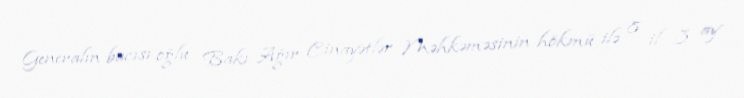
Generalın bacısı oğlu Bakı Ağır Cinayətlər Məhkəməsinin hökmü ilə 8 il 3 ay